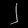
Digit: ၂